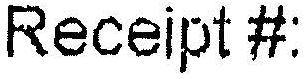
RECEIPT#: